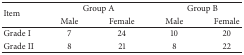
<table><thead><tr><td rowspan="2"><b>Item</b></td><td colspan="2"><b>Group A</b></td><td colspan="2"><b>Group B</b></td></tr><tr><td><b>Male</b></td><td><b>Female</b></td><td><b>Male</b></td><td><b>Female</b></td></tr></thead><tbody><tr><td>Grade I</td><td>7</td><td>24</td><td>10</td><td>20</td></tr><tr><td>Grade II</td><td>8</td><td>21</td><td>8</td><td>22</td></tr></tbody></table>